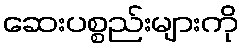
ဆေးပစ္စည်းများကို